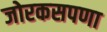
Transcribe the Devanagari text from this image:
जोरकसपणा